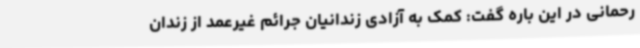
رحمانی در این باره گفت: کمک به آزادی زندانیان جرائم غیرعمد از زندان